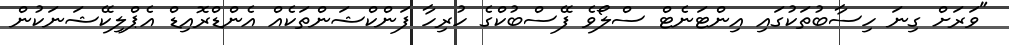
"ވަރަށް ގިނަ ހިސާބުތަކުގައި އިންޓަނެޓް ސްލޯވެ ފޭސްބުކްގެ ހުރިހާ ފަންކްޝަންތަކެއް އެންޑްރޮއިޑް އެޕްލިކޭޝަނަކުން